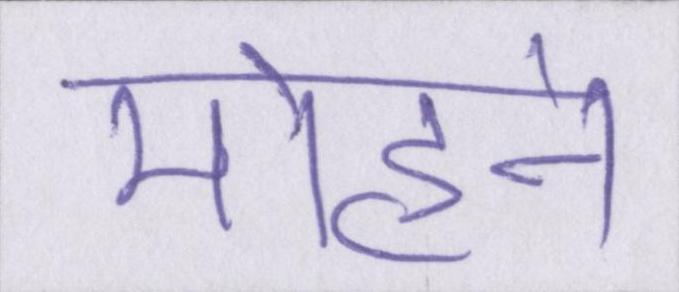
मोहने